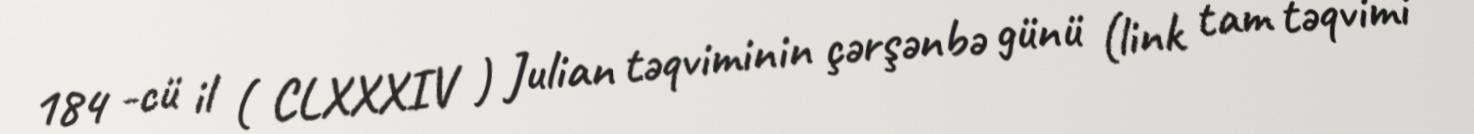
184 -cü il ( CLXXXIV ) Julian təqviminin çərşənbə günü (link tam təqvimi